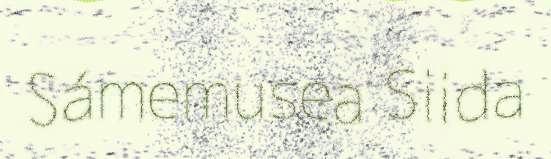
Sámemusea Siida